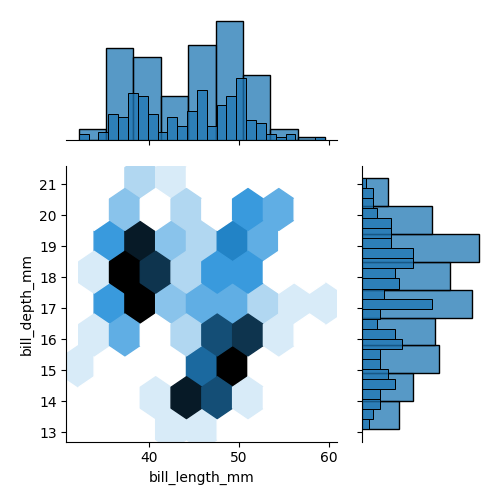
python, seaborn, jointplot, kind='hex', height='5', ratio='2', marginal_ticks='False'